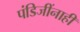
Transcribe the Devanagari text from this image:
पंडिजींनाही